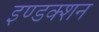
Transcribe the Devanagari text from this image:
इण्डक्शन